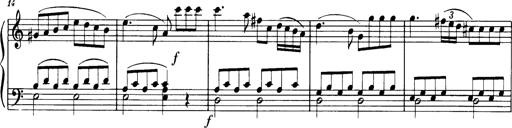
Title: Sonatine in C
Composer: Anton Eberl
Key: C major